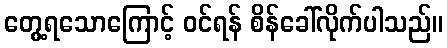
တွေ့ရသောကြောင့် ဝင်ရန် စိန်ခေါ်လိုက်ပါသည်။